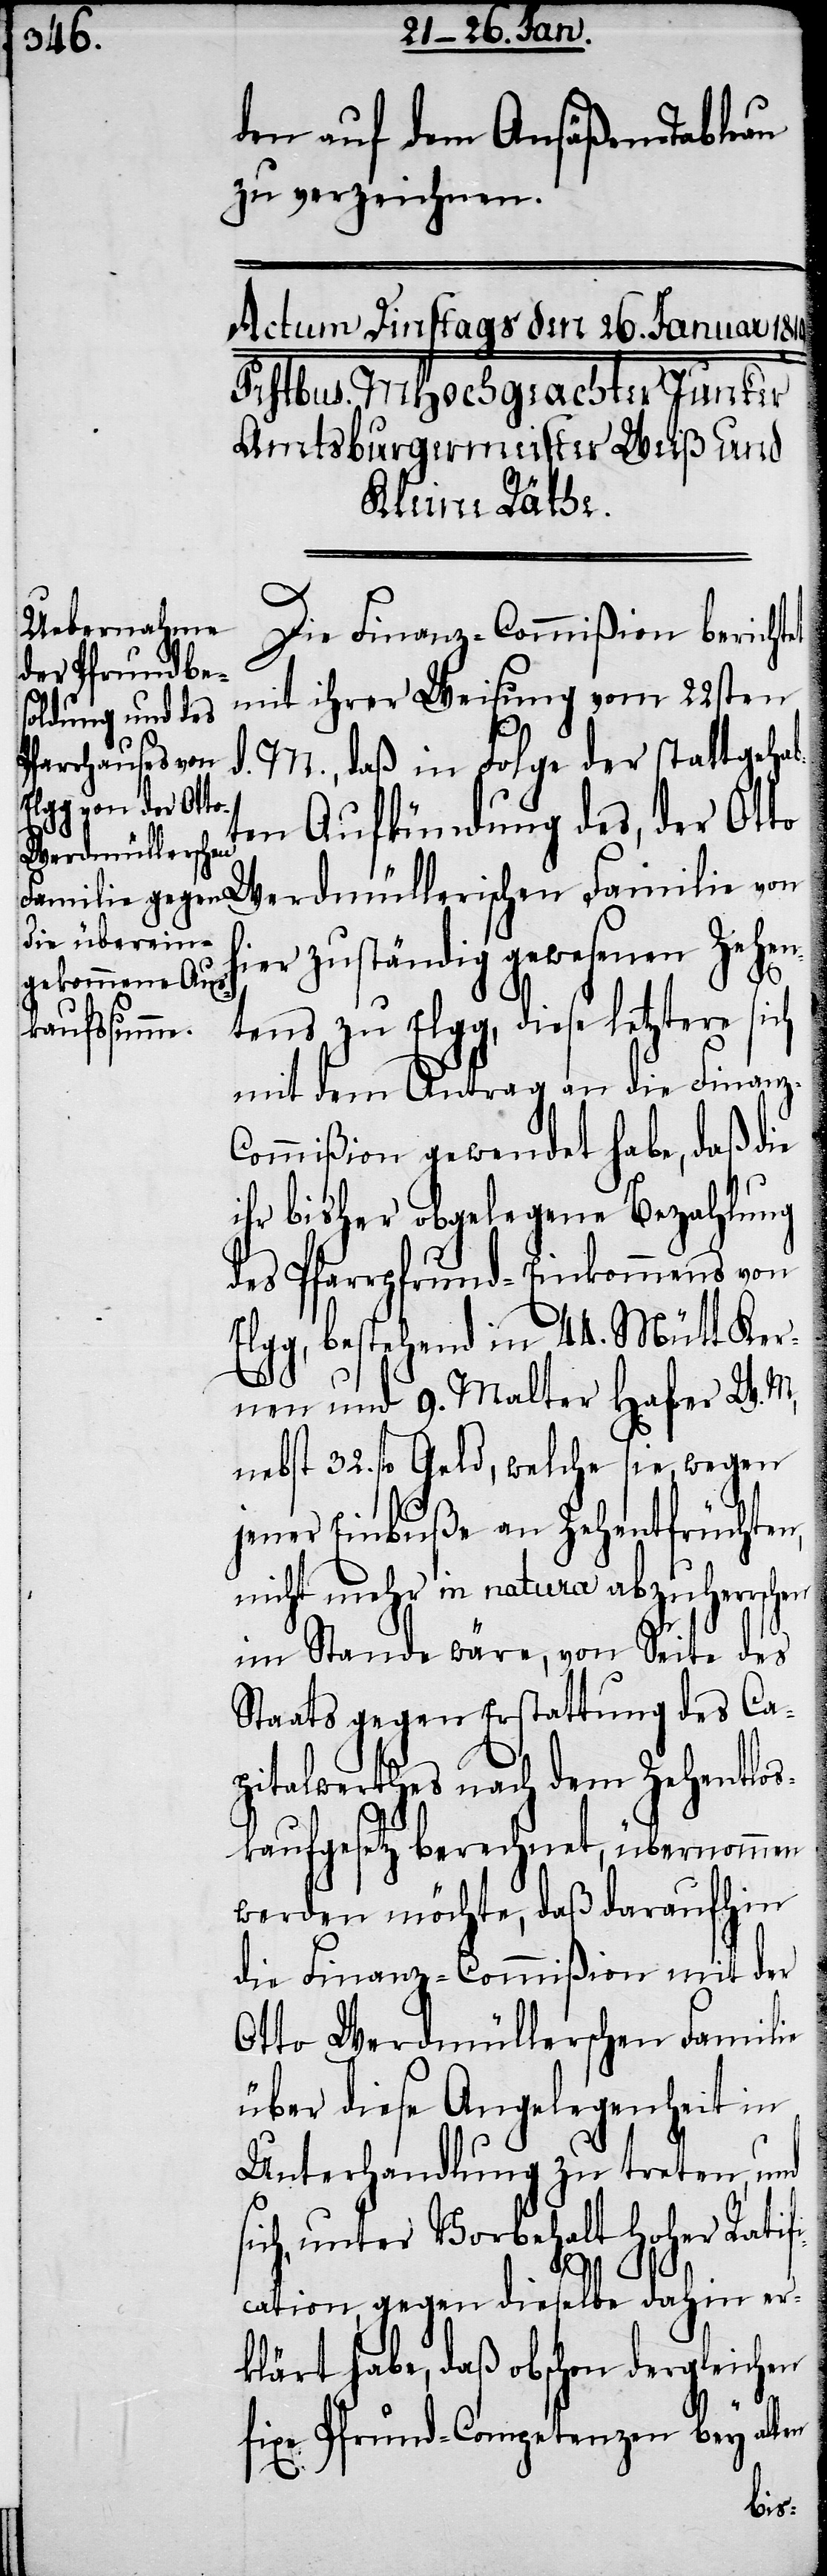
den auf dem Ansäßen-Tableau
zu verzeichnen.
Die Finanz-Commißion berichtet
mit ihrer Weisung vom 22sten
d. M., daß in Folge der stattgehab¬
Hoher Ratifi¬
ten Aufkündung des, der Ot¬
hier zuständig gewesenen Zehen¬
tens zu Elgg, diese letztere sich
mit dem Antrag an die Finanz-C¬
ommißion gewendet habe, daß die
ihr bisher obgelegene Bezahlung
des Pfarrpfrund-Einkommens von
Elgg, bestehend in 44. Mütt Ker¬
nen und 9. Malter Hafer W. M.,
nebst 32. fl. Geld, welche sie, wegen
jener Einbuße an Zehentfrüchten,
nicht mehr in natura abzuherrschen
im Stande wäre, von Seite des
Staats gegen Erstattung des Ca¬
pitalwerthes nach dem Zehentlos¬
kaufgesetz berechnet, übernommen
werden möchte, daß daraufhin
die Finanz-Commißion mit der
Otto Werdmüllerschen Familie
über diese Angelegenheit in
Unterhandlung zu treten, und
unter Vorbehalt
cation, gegen dieselbe dahin er¬
klärt habe, daß obschon dergleichen
fixe Pfrund-Competenzen bey alten